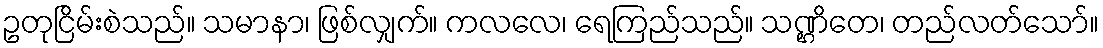
ဥတုငြိမ်းစဲသည်။ သမာနာ၊ ဖြစ်လျှက်။ ကလလေ၊ ရေကြည်သည်။ သဏ္ဌိတေ၊ တည်လတ်သော်။